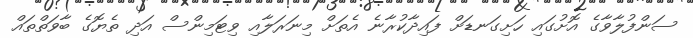
ސަންފުލާވާގެ އޮށުގައި ހަށިގަނޑަށް ފައިދާކުރާނެ އެތަށް މިނަރަލާއި ވިޓަމިންސް އަދި ތެޔޮގެ ބާވަތްތައް